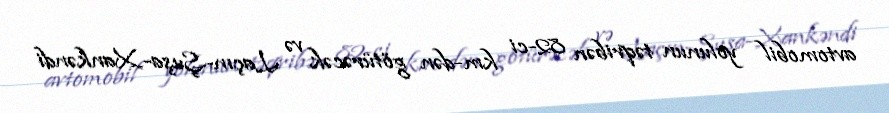
avtomobil yolunun təqribən 82-ci km-dən götürəcək və Laçın-Şuşa-Xankəndi